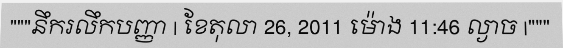
"""នឹករលឹកបញ្ញា | ខែតុលា 26, 2011 ម៉ោង 11:46 ល្ងាច |"""